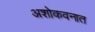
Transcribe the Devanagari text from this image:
अशोकवनात